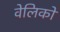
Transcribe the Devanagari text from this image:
वेलिको